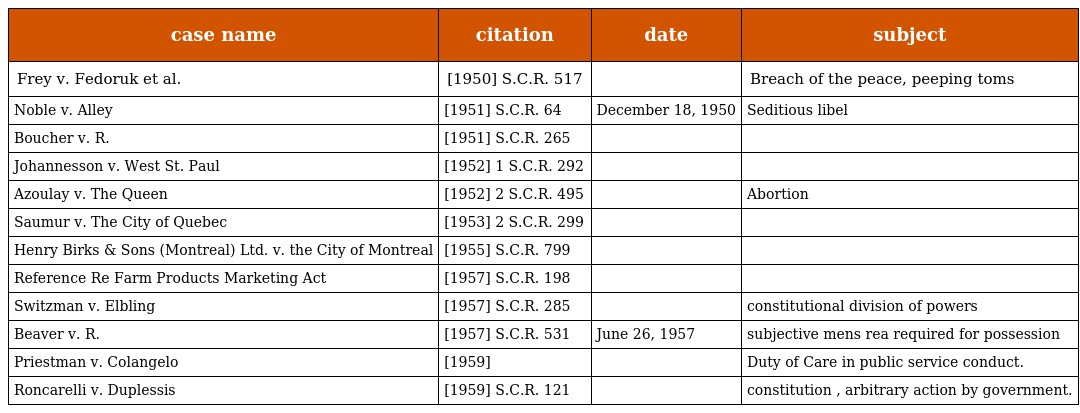
| case name | citation | date | subject |
 | --- | --- | --- | --- |
 | Frey v. Fedoruk et al. | [1950] S.C.R. 517 |  | Breach of the peace, peeping toms |
 | Noble v. Alley | [1951] S.C.R. 64 | December 18, 1950 | Seditious libel |
 | Boucher v. R. | [1951] S.C.R. 265 |  |  |
 | Johannesson v. West St. Paul | [1952] 1 S.C.R. 292 |  |  |
 | Azoulay v. The Queen | [1952] 2 S.C.R. 495 |  | Abortion |
 | Saumur v. The City of Quebec | [1953] 2 S.C.R. 299 |  |  |
 | Henry Birks & Sons (Montreal) Ltd. v. the City of Montreal | [1955] S.C.R. 799 |  |  |
 | Reference Re Farm Products Marketing Act | [1957] S.C.R. 198 |  |  |
 | Switzman v. Elbling | [1957] S.C.R. 285 |  | constitutional division of powers |
 | Beaver v. R. | [1957] S.C.R. 531 | June 26, 1957 | subjective mens rea required for possession |
 | Priestman v. Colangelo | [1959] |  | Duty of Care in public service conduct. |
 | Roncarelli v. Duplessis | [1959] S.C.R. 121 |  | constitution , arbitrary action by government. |